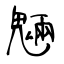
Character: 魎